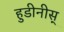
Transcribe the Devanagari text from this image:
हुडीनीस्